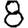
Digit: 8